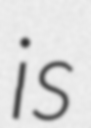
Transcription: is